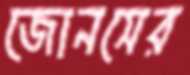
জোনসের